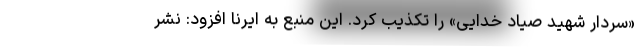
«سردار شهید صیاد خدایی» را تکذیب کرد. این منبع به ایرنا افزود: نشر